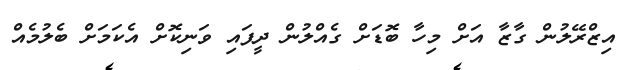
އިޒްރޭލުން ގާޒާ އަށް މިހާ ބޮޑަށް ގެއްލުން ދީފައި ވަނިކޮށް އެކަމަށް ބެލުމެއް